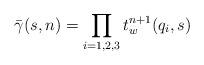
LaTeX: \begin{align*}\bar\gamma(s,n) = \prod_{i=1,2,3} t_w^{n+1}(q_i,s)\end{align*}